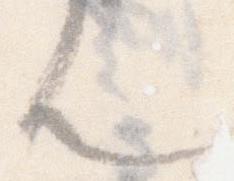
ん